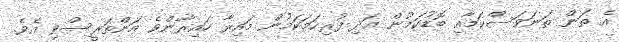
އެ ތަން ތަނަވަސްކަމާއި ބޮޑުކަމުން އަދި ފުރިހަމަކަމުން މައިރާ ހައިރާންވެ އަންތަރީސްވި އެވެ.